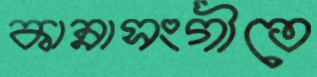
কান্নাসংগীতে